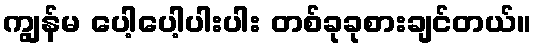
ကျွန်မ ပေါ့ပေါ့ပါးပါး တစ်ခုခုစားချင်တယ်။